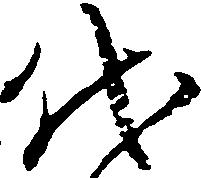
代